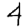
Digit: 4